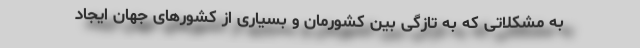
به مشکلاتی که به تازگی بین کشورمان و بسیاری از کشورهای جهان ایجاد